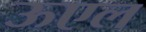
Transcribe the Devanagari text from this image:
ऊएल